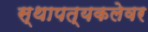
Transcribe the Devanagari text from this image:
स्थापत्यकलेवर